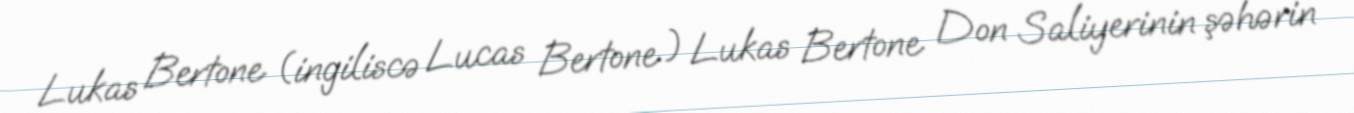
Lukas Bertone (ingiliscə Lucas Bertone ) Lukas Bertone Don Saliyerinin şəhərin